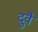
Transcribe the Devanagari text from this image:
दुवै